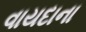
વાયદાના